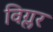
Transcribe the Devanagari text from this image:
विग्लर